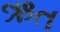
ઋત